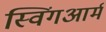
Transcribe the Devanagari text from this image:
स्विंगआर्म